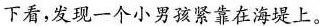
下看，发现一个小男孩紧靠在海堤上。